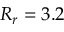
R _ { r } = 3 . 2